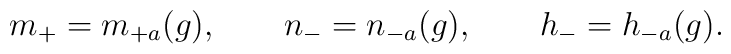
m_+ = m_{+a}(g), \qquad n_- = n_{-a}(g), \qquad h_- = h_{-a}(g).